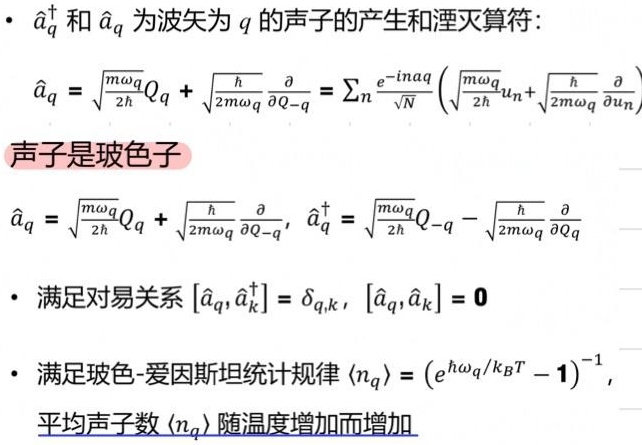
- $\hat{a}_q^{\dagger}$ 和 $\hat{a}_q$ 为波矢为 $q$ 的声子的产生和湮灭算符：
  - $\hat{a}_q = \sqrt{\frac{m\omega_q}{2\hbar}}Q_q + \sqrt{\frac{\hbar}{2m\omega_q}}\frac{\partial}{\partial Q_{-q}} = \sum_n \frac{e^{-inqa}}{\sqrt{N}}\left(\sqrt{\frac{m\omega_q}{2\hbar}}u_n + \sqrt{\frac{\hbar}{2m\omega_q}}\frac{\partial}{\partial u_n}\right)$
  - 声子是玻色子
  - $\hat{a}_q = \sqrt{\frac{m\omega_q}{2\hbar}}Q_q + \sqrt{\frac{\hbar}{2m\omega_q}}\frac{\partial}{\partial Q_{-q}}, \hat{a}_q^{\dagger} = \sqrt{\frac{m\omega_q}{2\hbar}}Q_{-q} - \sqrt{\frac{\hbar}{2m\omega_q}}\frac{\partial}{\partial Q_q}$
- 满足对易关系 $[\hat{a}_q,\hat{a}_k^{\dagger}] = \delta_{q,k}, [\hat{a}_q,\hat{a}_k] = 0$
- 满足玻色 - 爱因斯坦统计规律 $\langle n_q\rangle = (e^{\hbar\omega_q/k_BT} - 1)^{-1}$，平均声子数 $\langle n_q\rangle$ 随温度增加而增加